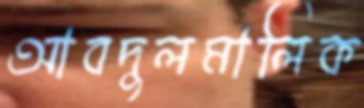
আবদুলমালিক